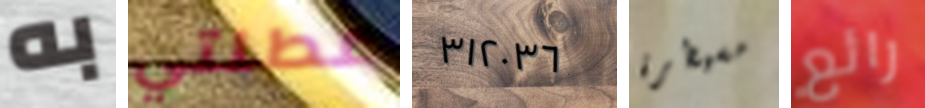
به عطلتي ٣١٢٠٣٦ مسيطرة رائع